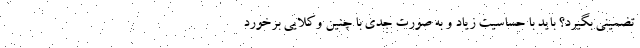
تضمینی بگیرد؟ باید با حساسیت زیاد و به صورت جدی با چنین وکلایی برخورد